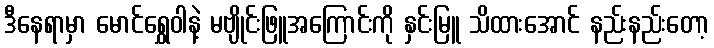
ဒီနေရာမှာ မောင်ရွှေဝါနဲ့ မဗျိုင်းဖြူအကြောင်းကို နှင်းမြူ သိထားအောင် နည်းနည်းတော့